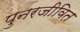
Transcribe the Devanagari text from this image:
पुनरजीवित